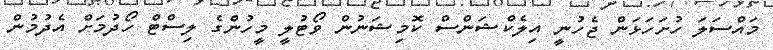
މައްސަލަ ހުށަހަޅަން ޖެހުނީ އިލެކްޝަންސް ކޮމިޝަނުން ވޯޓުލީ މީހުންގެ ލިސްޓް ހޯދުމަށް އެދުމުން